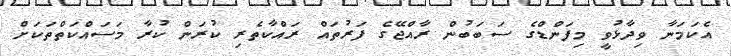
އެކަމަނާ ވިދާޅުވީ މިފަންޑްގެ ސަބަބުން ރާއްޖޭގެ ފަރުތައް ރައްކާތެރި ކުރަން ކުރާ މަސައްކަތްތަކަށް